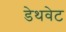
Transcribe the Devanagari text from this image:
डेथवेट